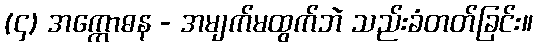
(၄) အက္ကောဓန - အမျက်မထွက်ဘဲ သည်းခံတတ်ခြင်း။